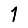
Digit: 1